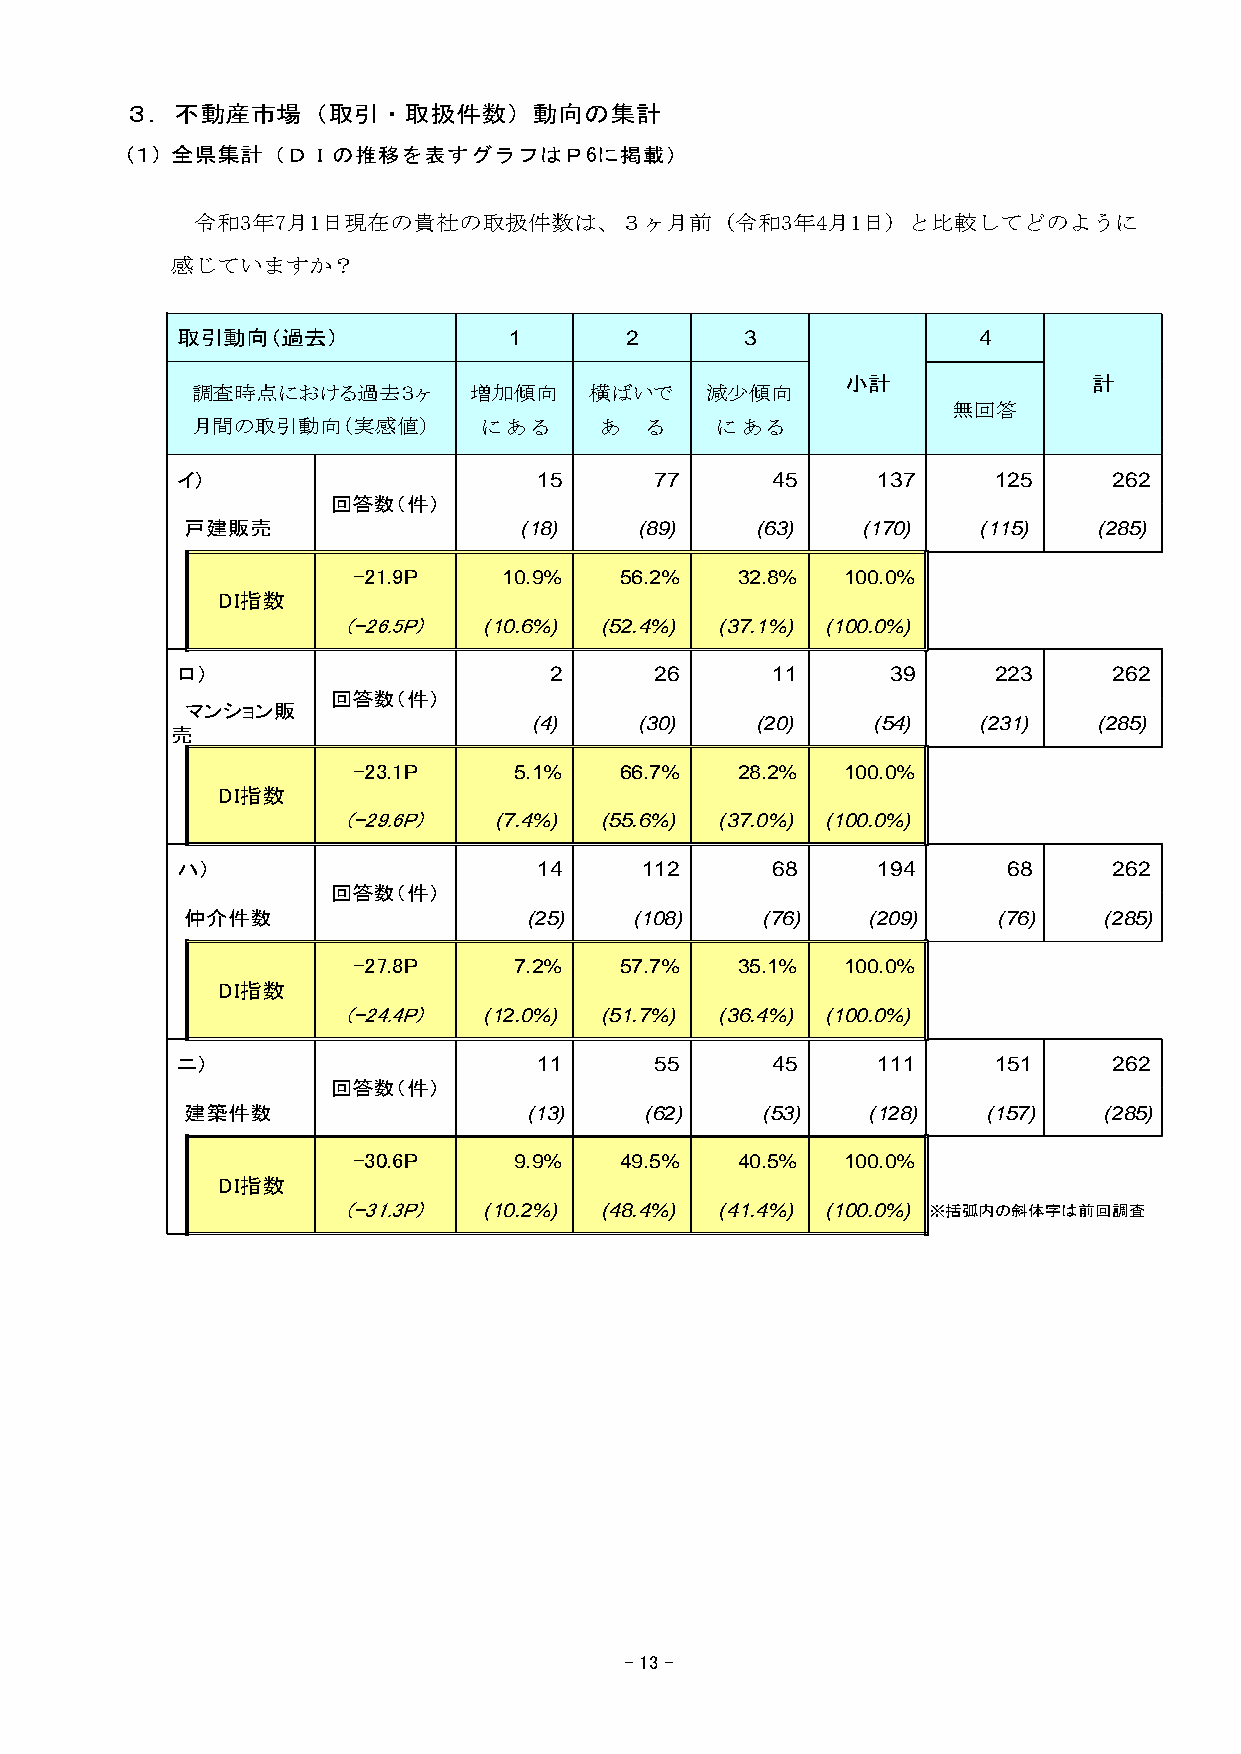
３．不動産市場（取引・取扱件数）動向の集計
 （１） 全県集計（ＤＩの推移を表すグラフはＰ6に掲載）
 令和3年7月1日現在の貴社の取扱件数は、３ヶ月前（令和3年4月1日）と比較してどのように
 感じていますか？
 取引動向（過去）              1      2       3               4
 小計              計
 調査時点における過去３ヶ      増加傾向    横ばいで    減少傾向
 無回答
 月間の取引動向（実感値）       に あ る   あ  る   に あ る
 イ）                      15     77      45     137     125     262
 回答数（件）
 戸建販売                  (18)    (89)    (63)   (170)   (115)   (285)
 -21.9P    10.9%   56.2%   32.8%  100.0%
 DI指数
 (-26.5P) (10.6%) (52.4%) (37.1%) (100.0%)
 ロ）                      2      26      11      39     223     262
 回答数（件）
 マンション販
 (4)    (30)    (20)    (54)   (231)   (285)
 売
 -23.1P     5.1%   66.7%   28.2%  100.0%
 DI指数
 (-29.6P)  (7.4%) (55.6%) (37.0%) (100.0%)
 ハ）                      14    112      68     194      68     262
 回答数（件）
 仲介件数                   (25)   (108)   (76)   (209)    (76)   (285)
 -27.8P     7.2%   57.7%   35.1%  100.0%
 DI指数
 (-24.4P) (12.0%) (51.7%) (36.4%) (100.0%)
 ニ）                      11     55      45     111     151     262
 回答数（件）
 建築件数                   (13)    (62)   (53)   (128)   (157)   (285)
 -30.6P     9.9%   49.5%   40.5%  100.0%
 DI指数
 (-31.3P) (10.2%) (48.4%) (41.4%) (100.0%) ※括弧内の斜体字は前回調査
 - 13 -